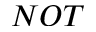
N O T